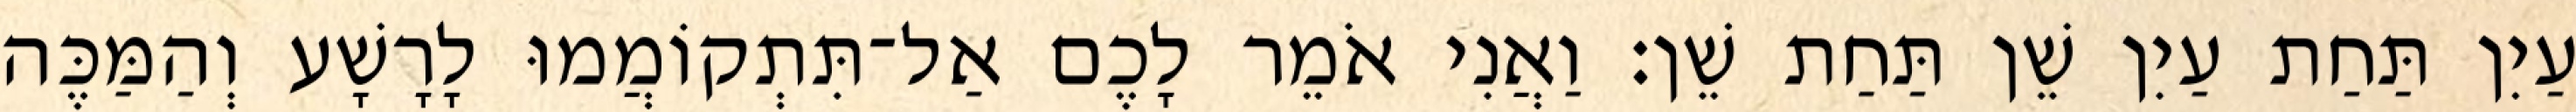
עַיִן תַּחַת עַיִן שֵׁן תַּחַת שֵׁן׃ וַאֲנִי אֹמֵר לָכֶם אַל־תִּתְקוֹמֲמוּ לָרָשָׁע וְהַמַּכֶּה